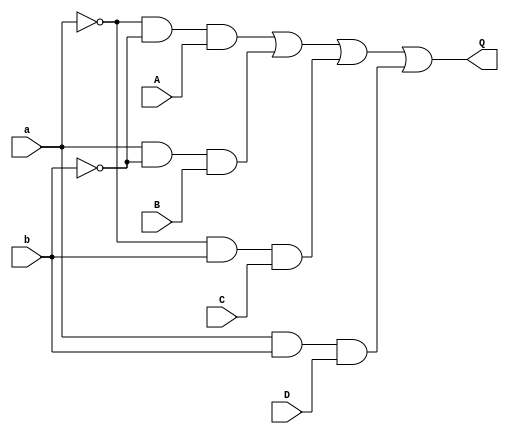
`timescale 1ns / 1ps
//////////////////////////////////////////////////////////////////////////////////
// Company: 
// Engineer: 
// 
// Design Name: 
// Module Name: Four_to_One_Mux_DataFlow
// Project Name: 
// Target Devices: 
// Tool Versions: 
// Description: 
// 
// Dependencies: 
// 
// Revision:
// Revision 0.01 - File Created
// Additional Comments:
// 
//////////////////////////////////////////////////////////////////////////////////
// This example demsonstrates usage of bit-wise operators

module Four_to_One_Mux_DataFlow(A, B, C, D, a, b, Q);
input A, B, C, D, a, b;
output Q;


// logic equation
assign P1 = ~a & ~b & A;   // bit-wise operators
assign P2 =  a & ~b & B;   // bit-wise operators
assign P3 = ~a &  b & C;   // bit-wise operators
assign P4 =  a &  b & D;   // bit-wise operators
assign Q = P1 | P2 | P3 | P4;


endmodule